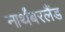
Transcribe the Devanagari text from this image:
नार्थंबरलैंड